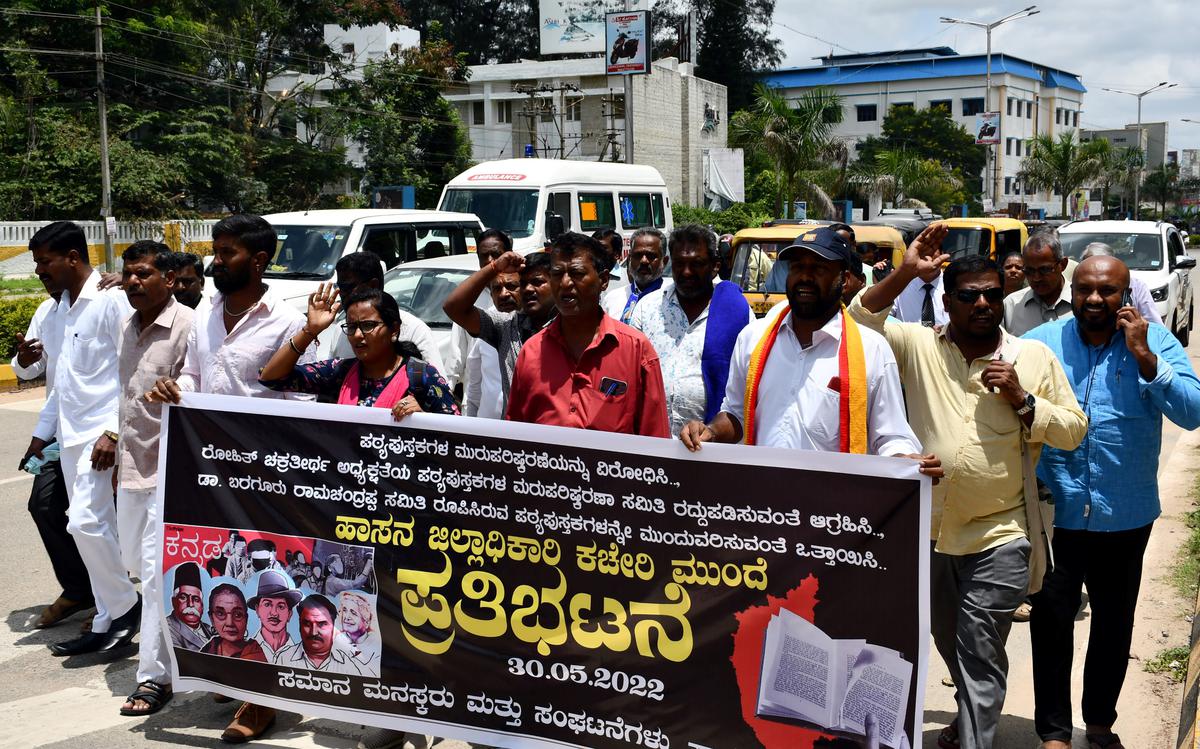
Language: kannada
Transcription: ಪ್ರತಿಭಟನೆ